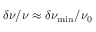
\delta \nu / \nu \approx \delta \nu _ { \mathrm { m i n } } / \nu _ { 0 }